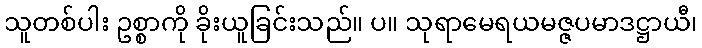
သူတစ်ပါး ဥစ္စာကို ခိုးယူခြင်းသည်။ ပ။ သုရာမေရယမဇ္ဇပမာဒဋ္ဌာယီ၊